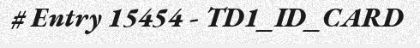
# Entry 15454 - TD1_ID_CARD